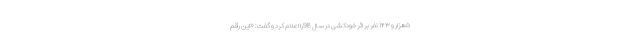
۵هزار و ۱۴۳ نفر بر اثر خودکشی در سال 98را اعلام کرد و گفت: «این رقم